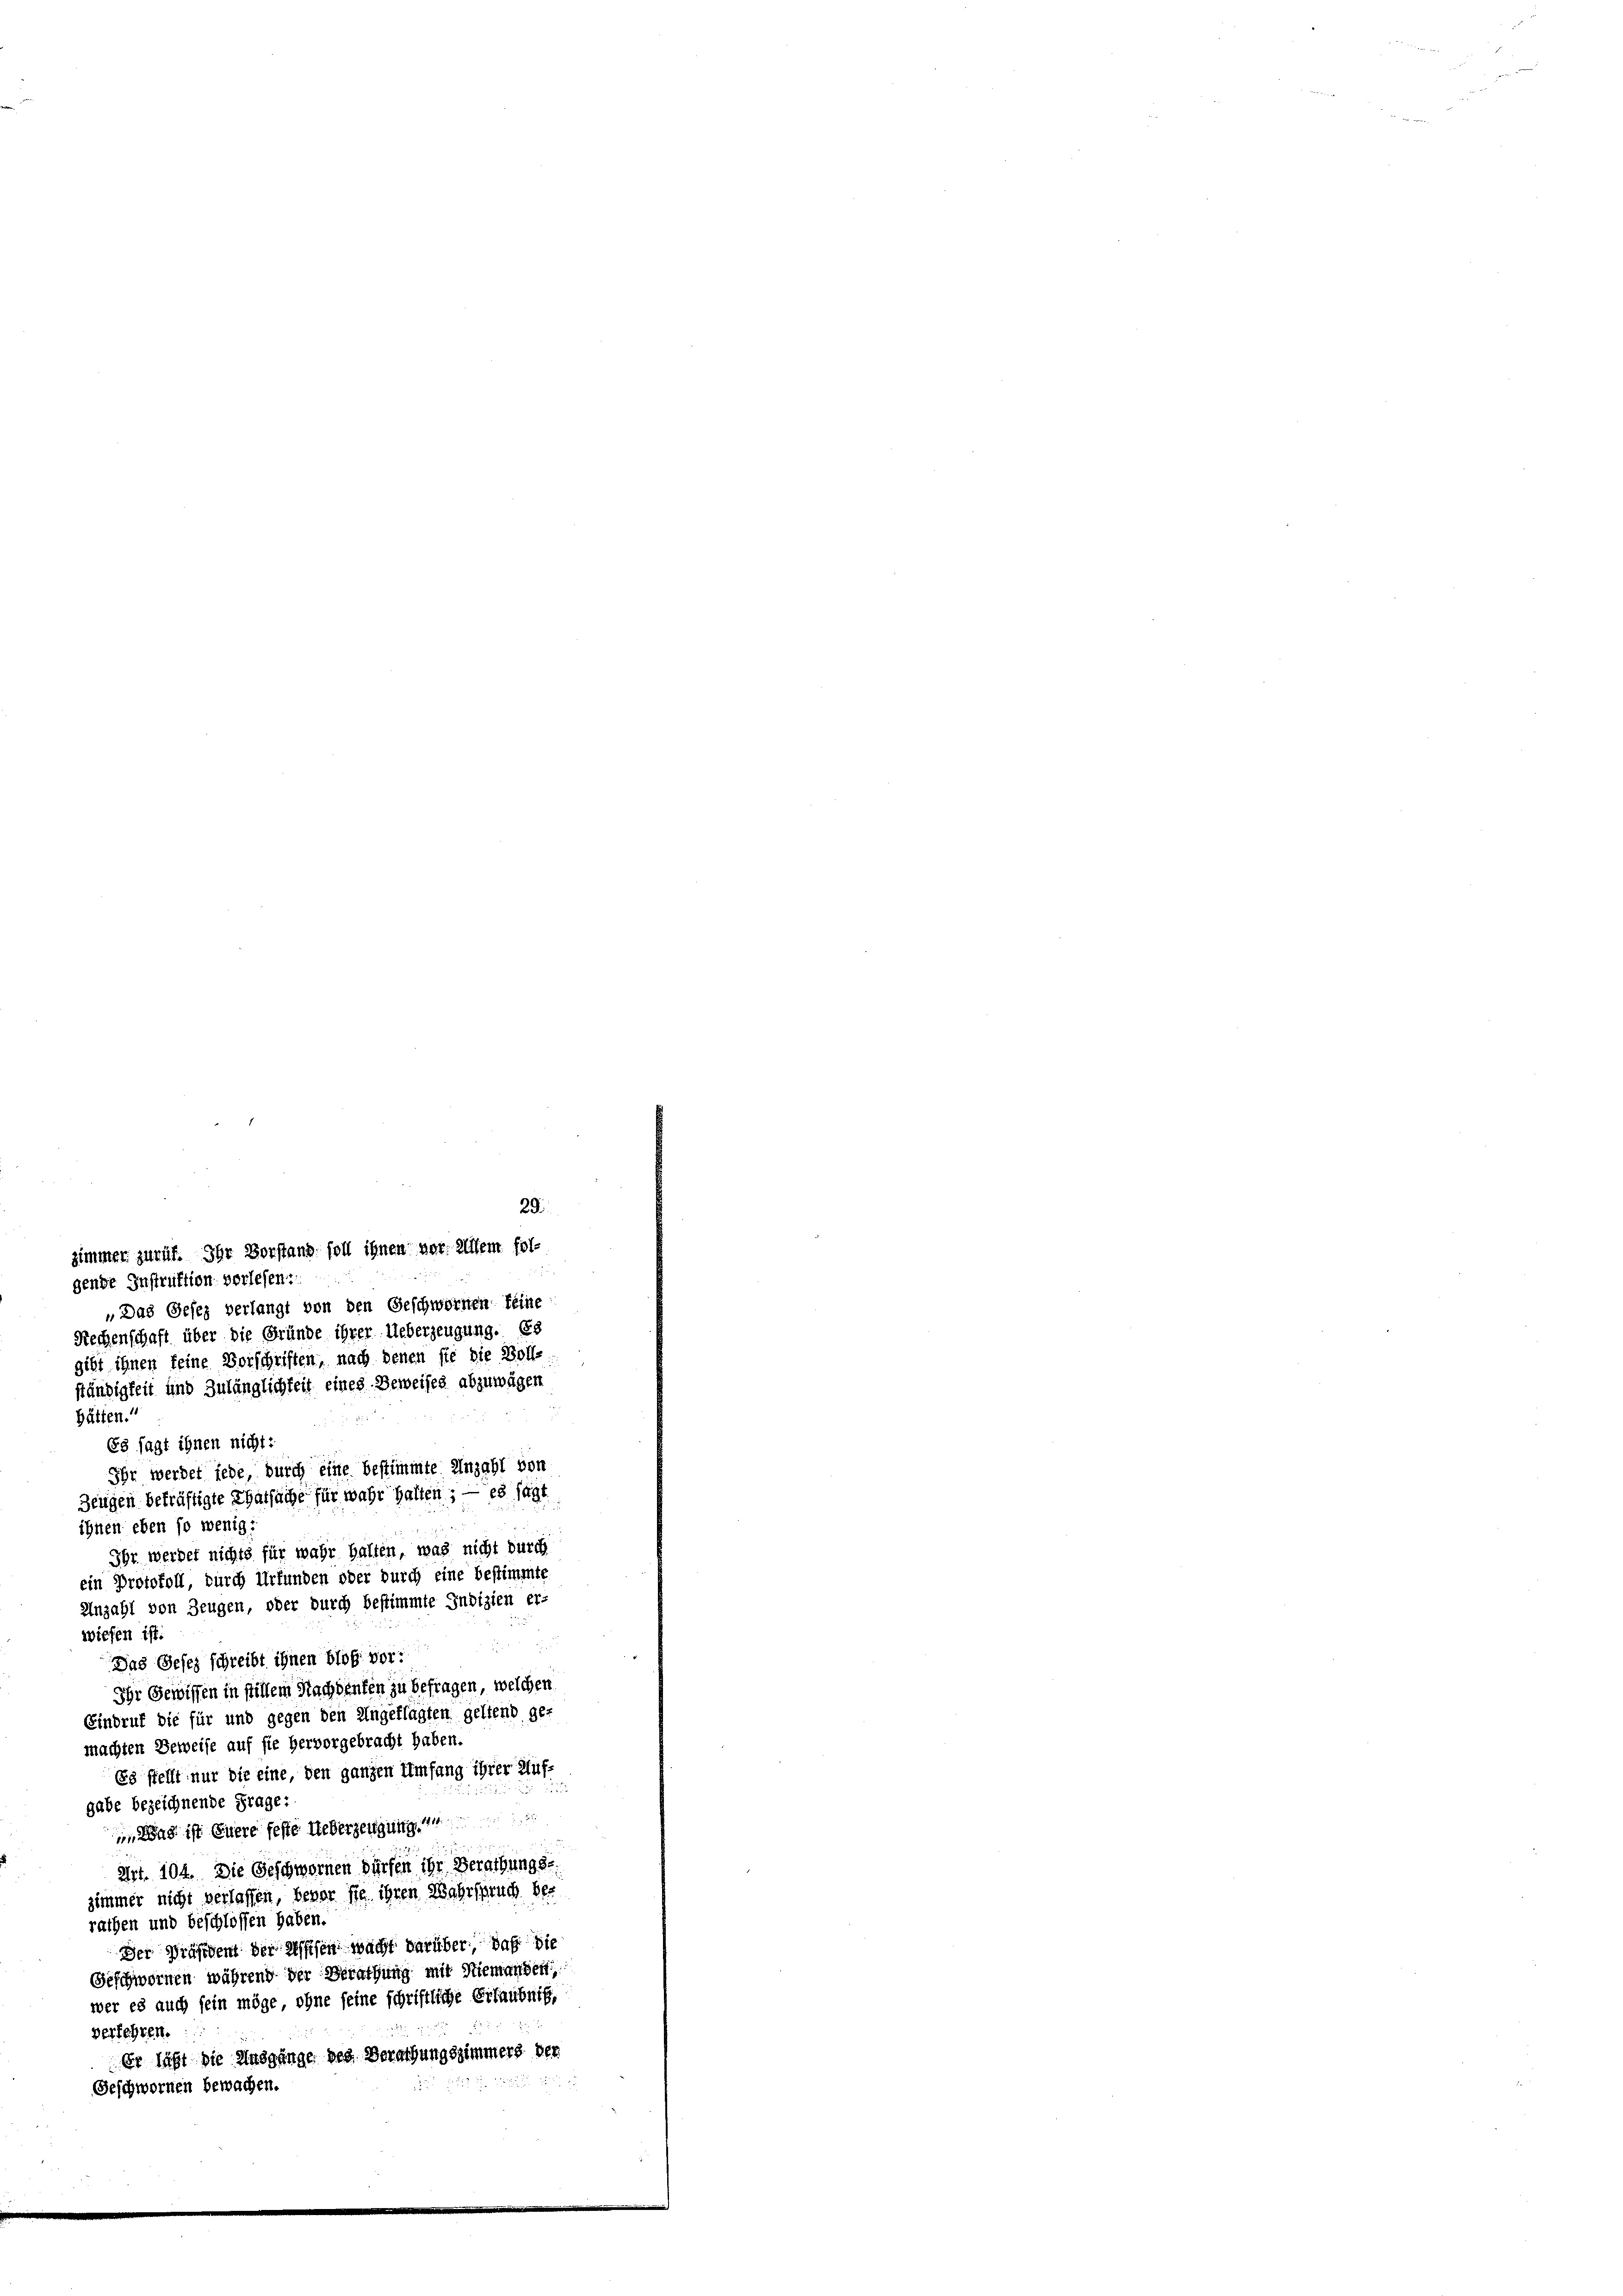
29.
zimmer zurüf. Ihr Vorstand soll ihnen vor. Allem fol-
gende Instruktion vorlesen:
„Das Gesez verlangt von den Geschwornen feine
Rechenschaft über die Gründe ihrer Ueberzeugung. Es
gibt ihnen keine Vorschriften, nach denen sie die Bolle.
ständigkeit und Zulänglichkeit eines Beweises abzuwägen
hätten.“
2
E8 sagt ihnen nicht:
Ihr werdet jede, durch eine bestimmte Anzahl von
Zeugen bekräftigte Thatsache für wahr halten; — es sagt
ihnen eben so wenig:
Ihr werdet nichts für wahr halten, was nicht durch
ein Protokoll, durch Urfunden oder durch eine bestimmte
Anzahl von Zeugen, oder durch bestimmte Indizien er-
wiesen ist:
Das Gesez schreibt ihnen bloß vor:
Ihr Gewissen in fillem Nachdenken zu befragen, welchen
Eindruf die für und gegen den Ungeflagten geltend ge-
machten Beweise auf sie hervorgebracht haben.
Es stellt nur die eine, den ganzen Umfang ihrer Auf¬
u
gabe bezeichnende Frage:
 Was ist Euere feste Ueberzeugung d
Art. 104. Die Geschwornen dürfen ihr Berathung de
zimmer nicht verlassen, bevor sie ihren Wahrspruch be-
rathen und beschlossen haben.
Der Präsident der Wissen wacht darüber, daß die
Geschwornen während der Berathung mit Niemanden,
wer es auch fein möge ohne seine schriftliche Erlaubniß,
verfehren.
Er läßt die Ausgänge des Berathungszimmers der
e
Geschwornen bewachen.